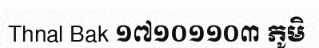
Thnal Bak ១៧១០១១០៣ ភូមិ